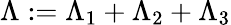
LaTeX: \Lambda:=\Lambda_{1}+\Lambda_{2}+\Lambda_{3}